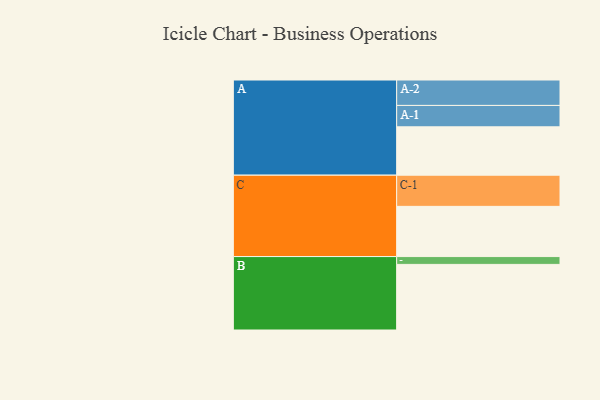
{"axis": {"x": "Segment", "y": "Value"}, "legend": ["", "A", "B", "C"], "data": [{"x": "A", "y": 371, "type": ""}, {"x": "B", "y": 503, "type": ""}, {"x": "C", "y": 385, "type": ""}, {"x": "A-1", "y": 164, "type": "A"}, {"x": "A-2", "y": 195, "type": "A"}, {"x": "B-1", "y": 60, "type": "B"}, {"x": "C-1", "y": 239, "type": "C"}]}